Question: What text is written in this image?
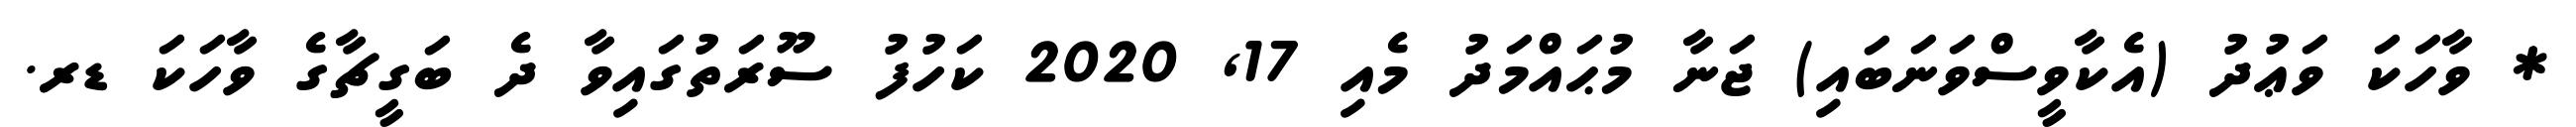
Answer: * ވާހަކަ ވަޢުދު (އެކާވީސްވަނަބައި) ޖަނާ މުޙައްމަދު މެއި 17, 2020 ކަހުފު ސޫރަތުގައިވާ ދެ ބަގީޗާގެ ވާހަކަ ޑރ.